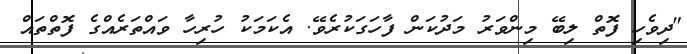
"ދިވެހި ފޮތް ލިބޭ މިންވަރު މަދުކަން ފާހަގަކުރެވޭ. އެކަމަކު ހުރިހާ ވައްތަރެއްގެ ފޮތްތައް